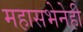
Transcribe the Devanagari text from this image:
महासभेनेही